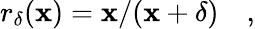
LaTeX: r_{\delta}(\mathbf{x})=\mathbf{x}/(\mathbf{x}+\delta)\quad,